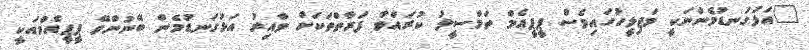
"އަޅުގަނޑުމެންނަކީ މަޖިލީހުގައިވެސް ޕީޕީއެމް ތަމްސީލު ކުރައްވާ ފަރާތްތަކަށް ވާއިރު އަޅުގަނޑުމެން ބޭނުންވޭ ޕީޕީއެމްއަކީ